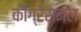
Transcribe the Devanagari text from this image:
कौंग्रेसनल